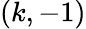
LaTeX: (k,-1)